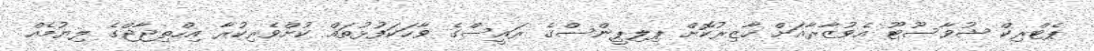
ޕެޓްރިކް ޝުވާސޫޓޫ އެވުޒާރާއަށް ހާޒިރުކޮށް ޕިލިޕީންސްގެ ރައީސްގެ ވާހަކަފުޅުތައް ކުށްވެރިކުރާ އިހްތިޖާޖްގެ ލިޔުމެއް